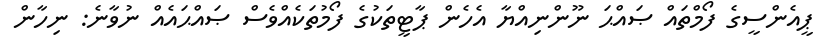
ޕީއެންސީގެ ފޯމްތައް ޞައްޙަ ނޫންނިއްޔާ އެހެން ޕާޓީތަކުގެ ފޯމުތަކެއްވެސް ޞައްޙައެއް ނުވާނެ: ނިހާން